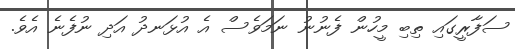
ސަފާރީގައި ތިބި މީހުން ފެނުނު ނަމަވެސް އެ އުޅަނދު އަދި ނުފެނެ އެވެ.